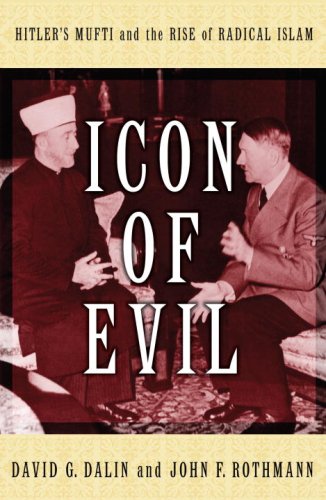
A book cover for Icon of Evil: Hitler's Mufti and the Rise of Radical Islam; David G. Dalin; Biographies & Memoirs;